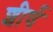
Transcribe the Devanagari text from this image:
शीर्घ